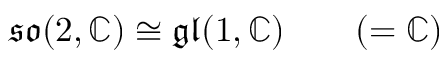
{ \mathfrak { s o } } ( 2 , \mathbb { C } ) \cong { \mathfrak { g l } } ( 1 , \mathbb { C } ) \qquad ( = \mathbb { C } )